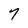
Character: 7